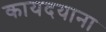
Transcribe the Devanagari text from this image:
कायदयाना